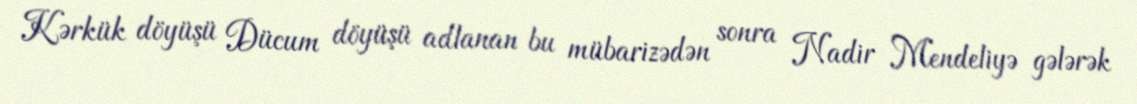
Kərkük döyüşü Dücum döyüşü adlanan bu mübarizədən sonra Nadir Mendeliyə gələrək